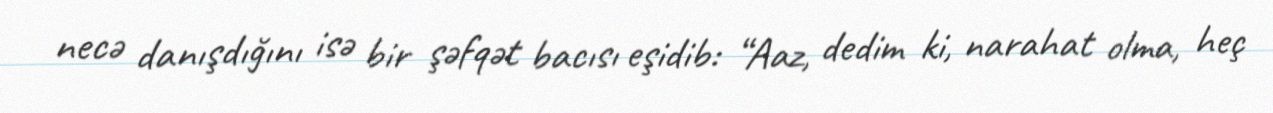
necə danışdığını isə bir şəfqət bacısı eşidib: “Aaz, dedim ki, narahat olma, heç